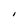
Character: I